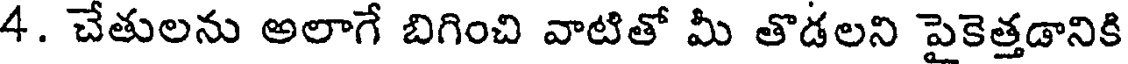
4. చేతులను అలాగే బిగించి వాటితో మీ తొడలని పైకెత్తడానికి